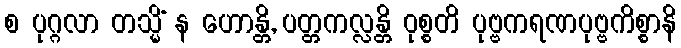
စ ပုဂ္ဂလာ တသ္မိံ န ဟောန္တိ, ပတ္တကလ္လန္တိ ဝုစ္စတိ ပုဗ္ဗကရဏပုဗ္ဗကိစ္စာနိ